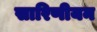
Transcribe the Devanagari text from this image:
सारिणीयन